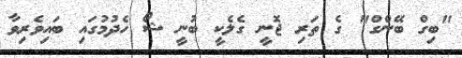
"ބިގް ބޭންގް" ގެ ތަރި ޖޮނީ ގެލެކީ ބުނީ ޝޯ ހެދުމުގައި ބައިވެރިވާ